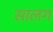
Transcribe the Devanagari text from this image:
सालग